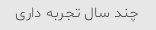
چند سال تجربه داری